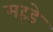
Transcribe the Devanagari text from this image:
मह्डे